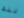
تلك